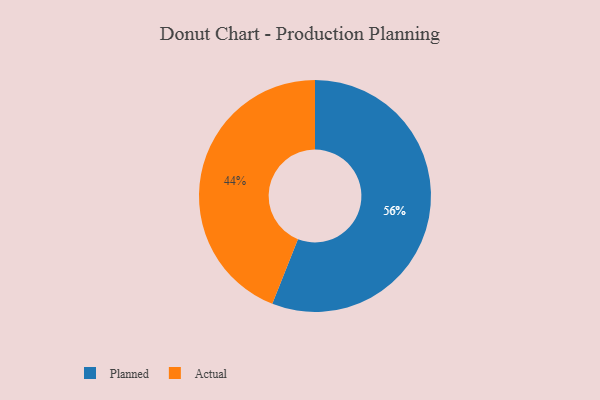
{"axis": {"x": "Category", "y": "Percentage"}, "legend": ["Actual", "Planned"], "data": [{"x": "Planned", "y": 56, "type": "Planned"}, {"x": "Actual", "y": 44, "type": "Actual"}]}